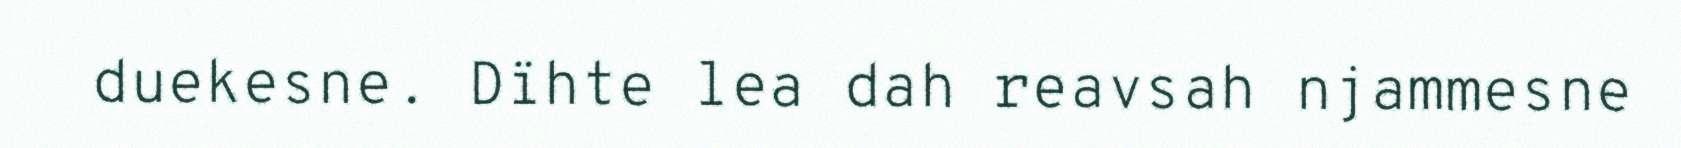
duekesne. Dïhte lea dah reavsah njammesne